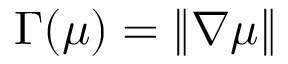
\Gamma ( \boldsymbol { \mu } ) = \| \nabla \boldsymbol { \mu } \|